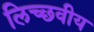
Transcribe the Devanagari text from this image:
लिच्छवीय